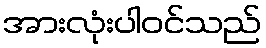
အားလုံးပါဝင်သည်